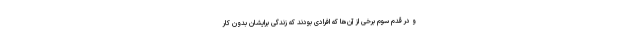
و در قدم سوم برخی از آن‌ها که افرادی بودند که زندگی برایشان بدون کار